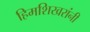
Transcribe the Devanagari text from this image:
हिमशिखरांनी